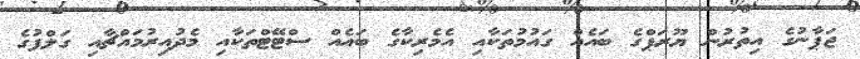
ޖަޕާނުގެ އިތުރުން ޔޫރަޕްގެ ބައެއް ގައުމުތަކާއި އެމެރިކާގެ ބައެއް ސްޓޭޓްތަކާއި މެދުއިރުމައްޗާއި ގަލްފުގެ